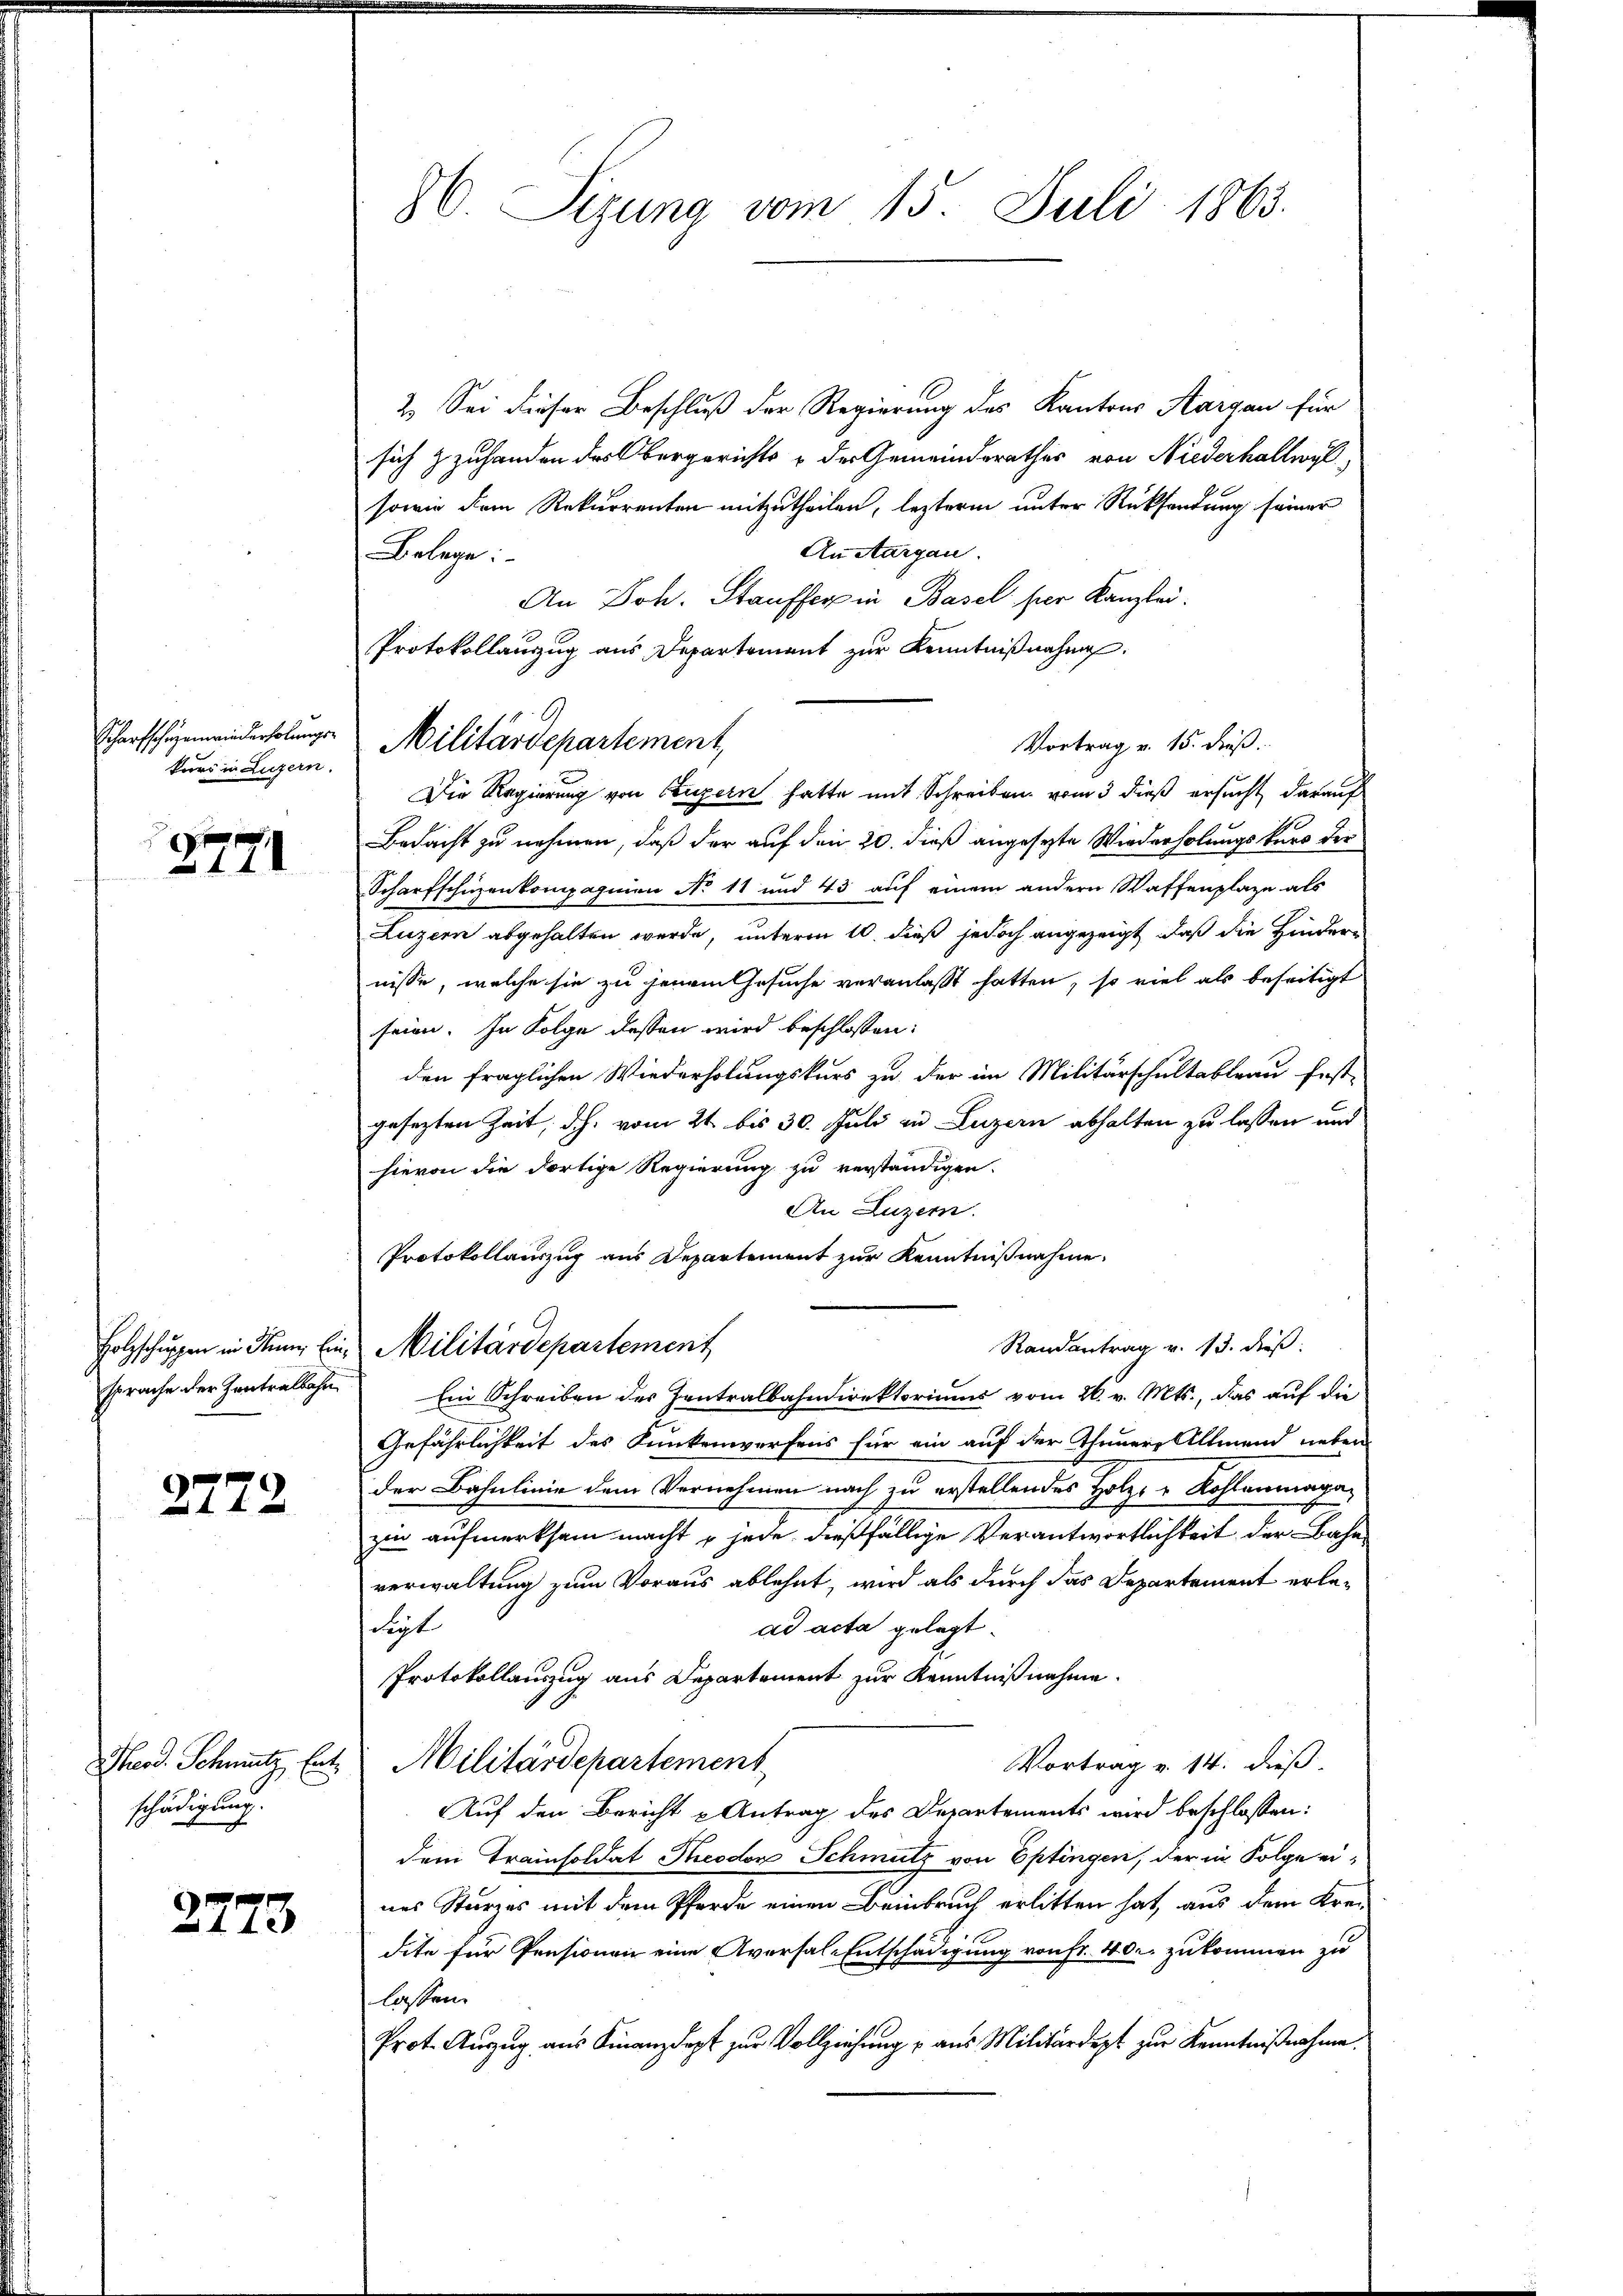
Scharfschüzenwiederholungs-
kurs in Luzern.

2771

sprache der Zentralbahn

2772

schädigung.

2773

86. Sizung vom 15. Juli 1865.

Militärdepartement,

Vortrag u. 15. dieß.

2.) Sei dieser Beschluß der Regierung des Kantons Aargau für
sich & zuhanden des Obergerichts & der Gemeinderathes von Niederhallwyl
sowie dem Rekurrenten mitzutheilen, lezterm unter Rücksendung seiner
An Aargau.
Belege:
An Joh. Stauffer in Basel per Kanzlei.
Protokollanzug aus Departement zur Kenntnißnahmen.
Die Regierung von Luzern hatte mit Schreiben vom 3 dieß ersucht, darauf
Bedacht zu nehmen, daß der auf den 20. dieß angesezte Wiederholungskurs der
Scharfschüzenkompagnien No 11 und 43 auf einem andern Waffenplaze als
Luzern abgehalten wurde, unterm 10. dieß jedoch angezeigt, daß die Hindere
nisse, welche sie zu jenem Gesuche veranlaßt hatten, so viel als beseitigt
seien. In Folge dessen wird beschlossen:
den fraglichen Wiederholungskurs zu der im Militärschultableau fest-
gesezten Zeit, d.h. vom 21 bis 30. Juli in Luzern abhalten zu lassen und
hievon die dortige Regierung zu verständigen.
An Luzern.
Protokollauszug aus Departement zur Kenntnißnahme.
Randantrag v. 13. dieß:
Holzschuppen in den Ein Militärdepartement
Ein Schreiben des Zentralbahndirektoriums vom 26. v. Mts., das auf die
Gefährlichkeit des Dunkenwerfens für ein auf der Theuere Allmend neben
der Bahnlinie dem Vernehmen nach zu erstellendes Holzer Kohlenmaga
zur aufmerksam macht u jede dießfällige Verantwortlichkeit der Bahn
verwaltung zum Voraus ablehnt, wird als durch das Departement erledigt
ad acta gelegt
Protokollauszug aus Departement zur Kenntnißnahme.
Merd. Schmutz ent. Militärdepartement,
Vortrag v. 14. dieß.
Auf den Bericht u Antrag des Departements wird beschlossen:
dem Trainsoldat Peodor Schmutz von Eptingen, der in Folge eines Sturzes mit dem Pferde einen Beinbruch erlitten hat, aus dem Krei
dite für Pensionen eine Aversal-Entschädigung von Fr. 40. zukommen zu
lossen.
Prot. Anzŭg aŭs Finanzdept zŭr Vollziehŭng u aŭs Militärdept zur Kenntnißnahme.